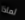
لماذا